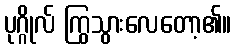
ပုဂ္ဂိုလ် ကြွသွားလေတော့၏။